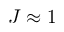
J \approx 1